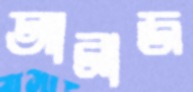
আনাজ